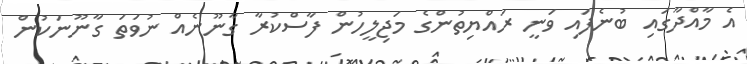
އެ މާއްދާގައި ބުނެފައި ވަނީ ރައްޔިތުންގެ މަޖިލީހުން ފާސްކުރާ ގާނޫނެއް ނުވަތަ ގާނޫނަކުން